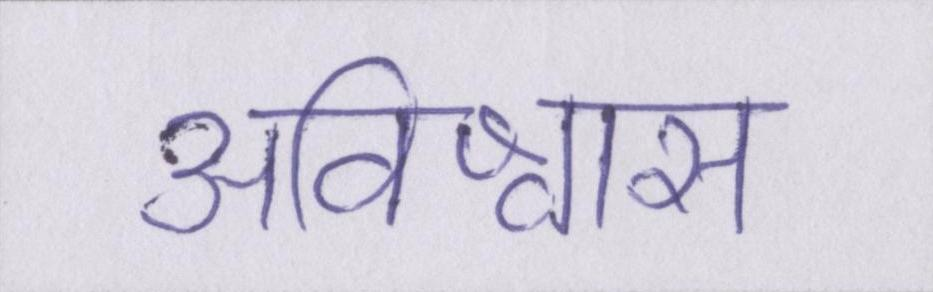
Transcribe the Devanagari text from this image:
अविश्वास